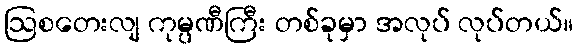
ဩစတေးလျ ကုမ္ပဏီကြီး တစ်ခုမှာ အလုပ် လုပ်တယ်။